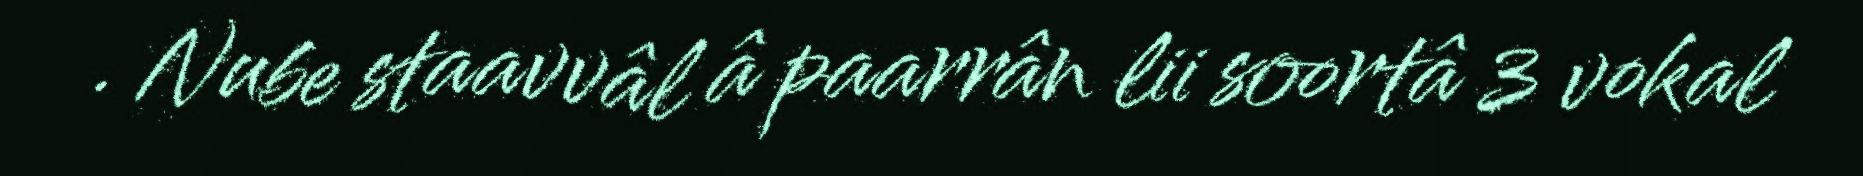
. Nube staavvâl â paarrân lii soortâ 3 vokal